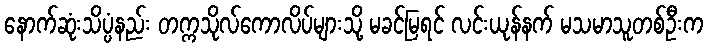
နောက်ဆုံးသိပ္ပံနည်း တက္ကသိုလ်ကောလိပ်များသို့ မခင်မြရင် လင်းယုန်နက် မသမာသူတစ်ဦးက